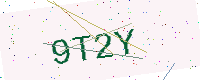
Text: 9T2Y